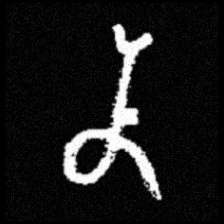
Pyu character \u2014 Myanmar letter: န (romanized: na)